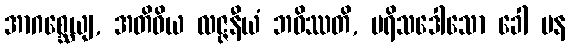
အာဂစ္ဆေယျ, အတိဝိယ လဇ္ဇနီယံ ဘဝိဿတိ, ပရိသဒေါသော ခေါ ပန